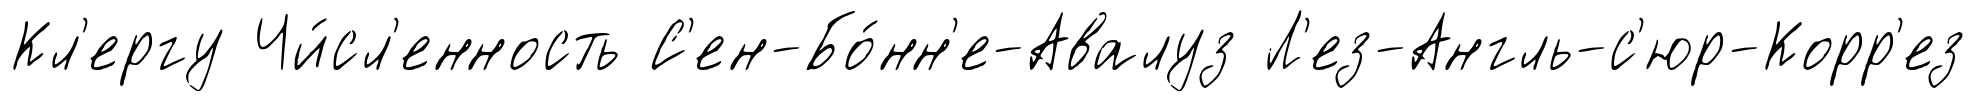
Кл'ергу Чи́сл'енность С'ен-Бо́нн'е-Авалуз Л'ез-Англь-с'юр-Корр'ез